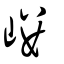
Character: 嶁